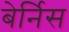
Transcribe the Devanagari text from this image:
बेर्निस